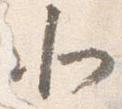
北